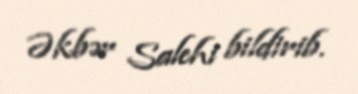
Əkbər Salehi bildirib.